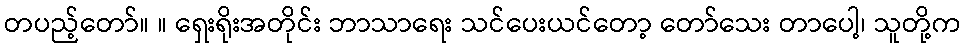
တပည့်တော်။ ။ ရှေးရိုးအတိုင်း ဘာသာရေး သင်ပေးယင်တော့ တော်သေး တာပေါ့၊ သူတို့က